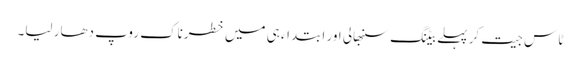
ٹاس جیت کر پہلے بیٹنگ سنبھالی اور ابتداء ہی میں خطرناک روپ دھار لیا۔